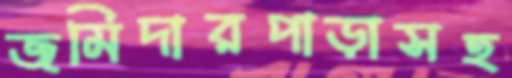
জমিদারপাড়াসহ